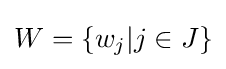
W=\{w_{j}|j\in J\}